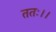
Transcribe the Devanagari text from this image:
ततः।।